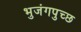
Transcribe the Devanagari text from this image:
भुजंगपुच्छ